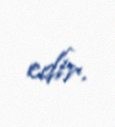
edir.